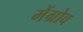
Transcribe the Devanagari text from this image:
मेंग्रोव